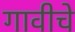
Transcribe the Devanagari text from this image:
गावीचे